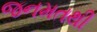
જનમતથી